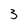
Character: 5